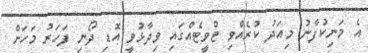
އެ މަނިކުފާނު މިއަދު ކުރެއްވި ޓްވީޓެއްގައި ވިދާޅުވީ އޮޑި ދޯނި ފަހަރު މަހަށް